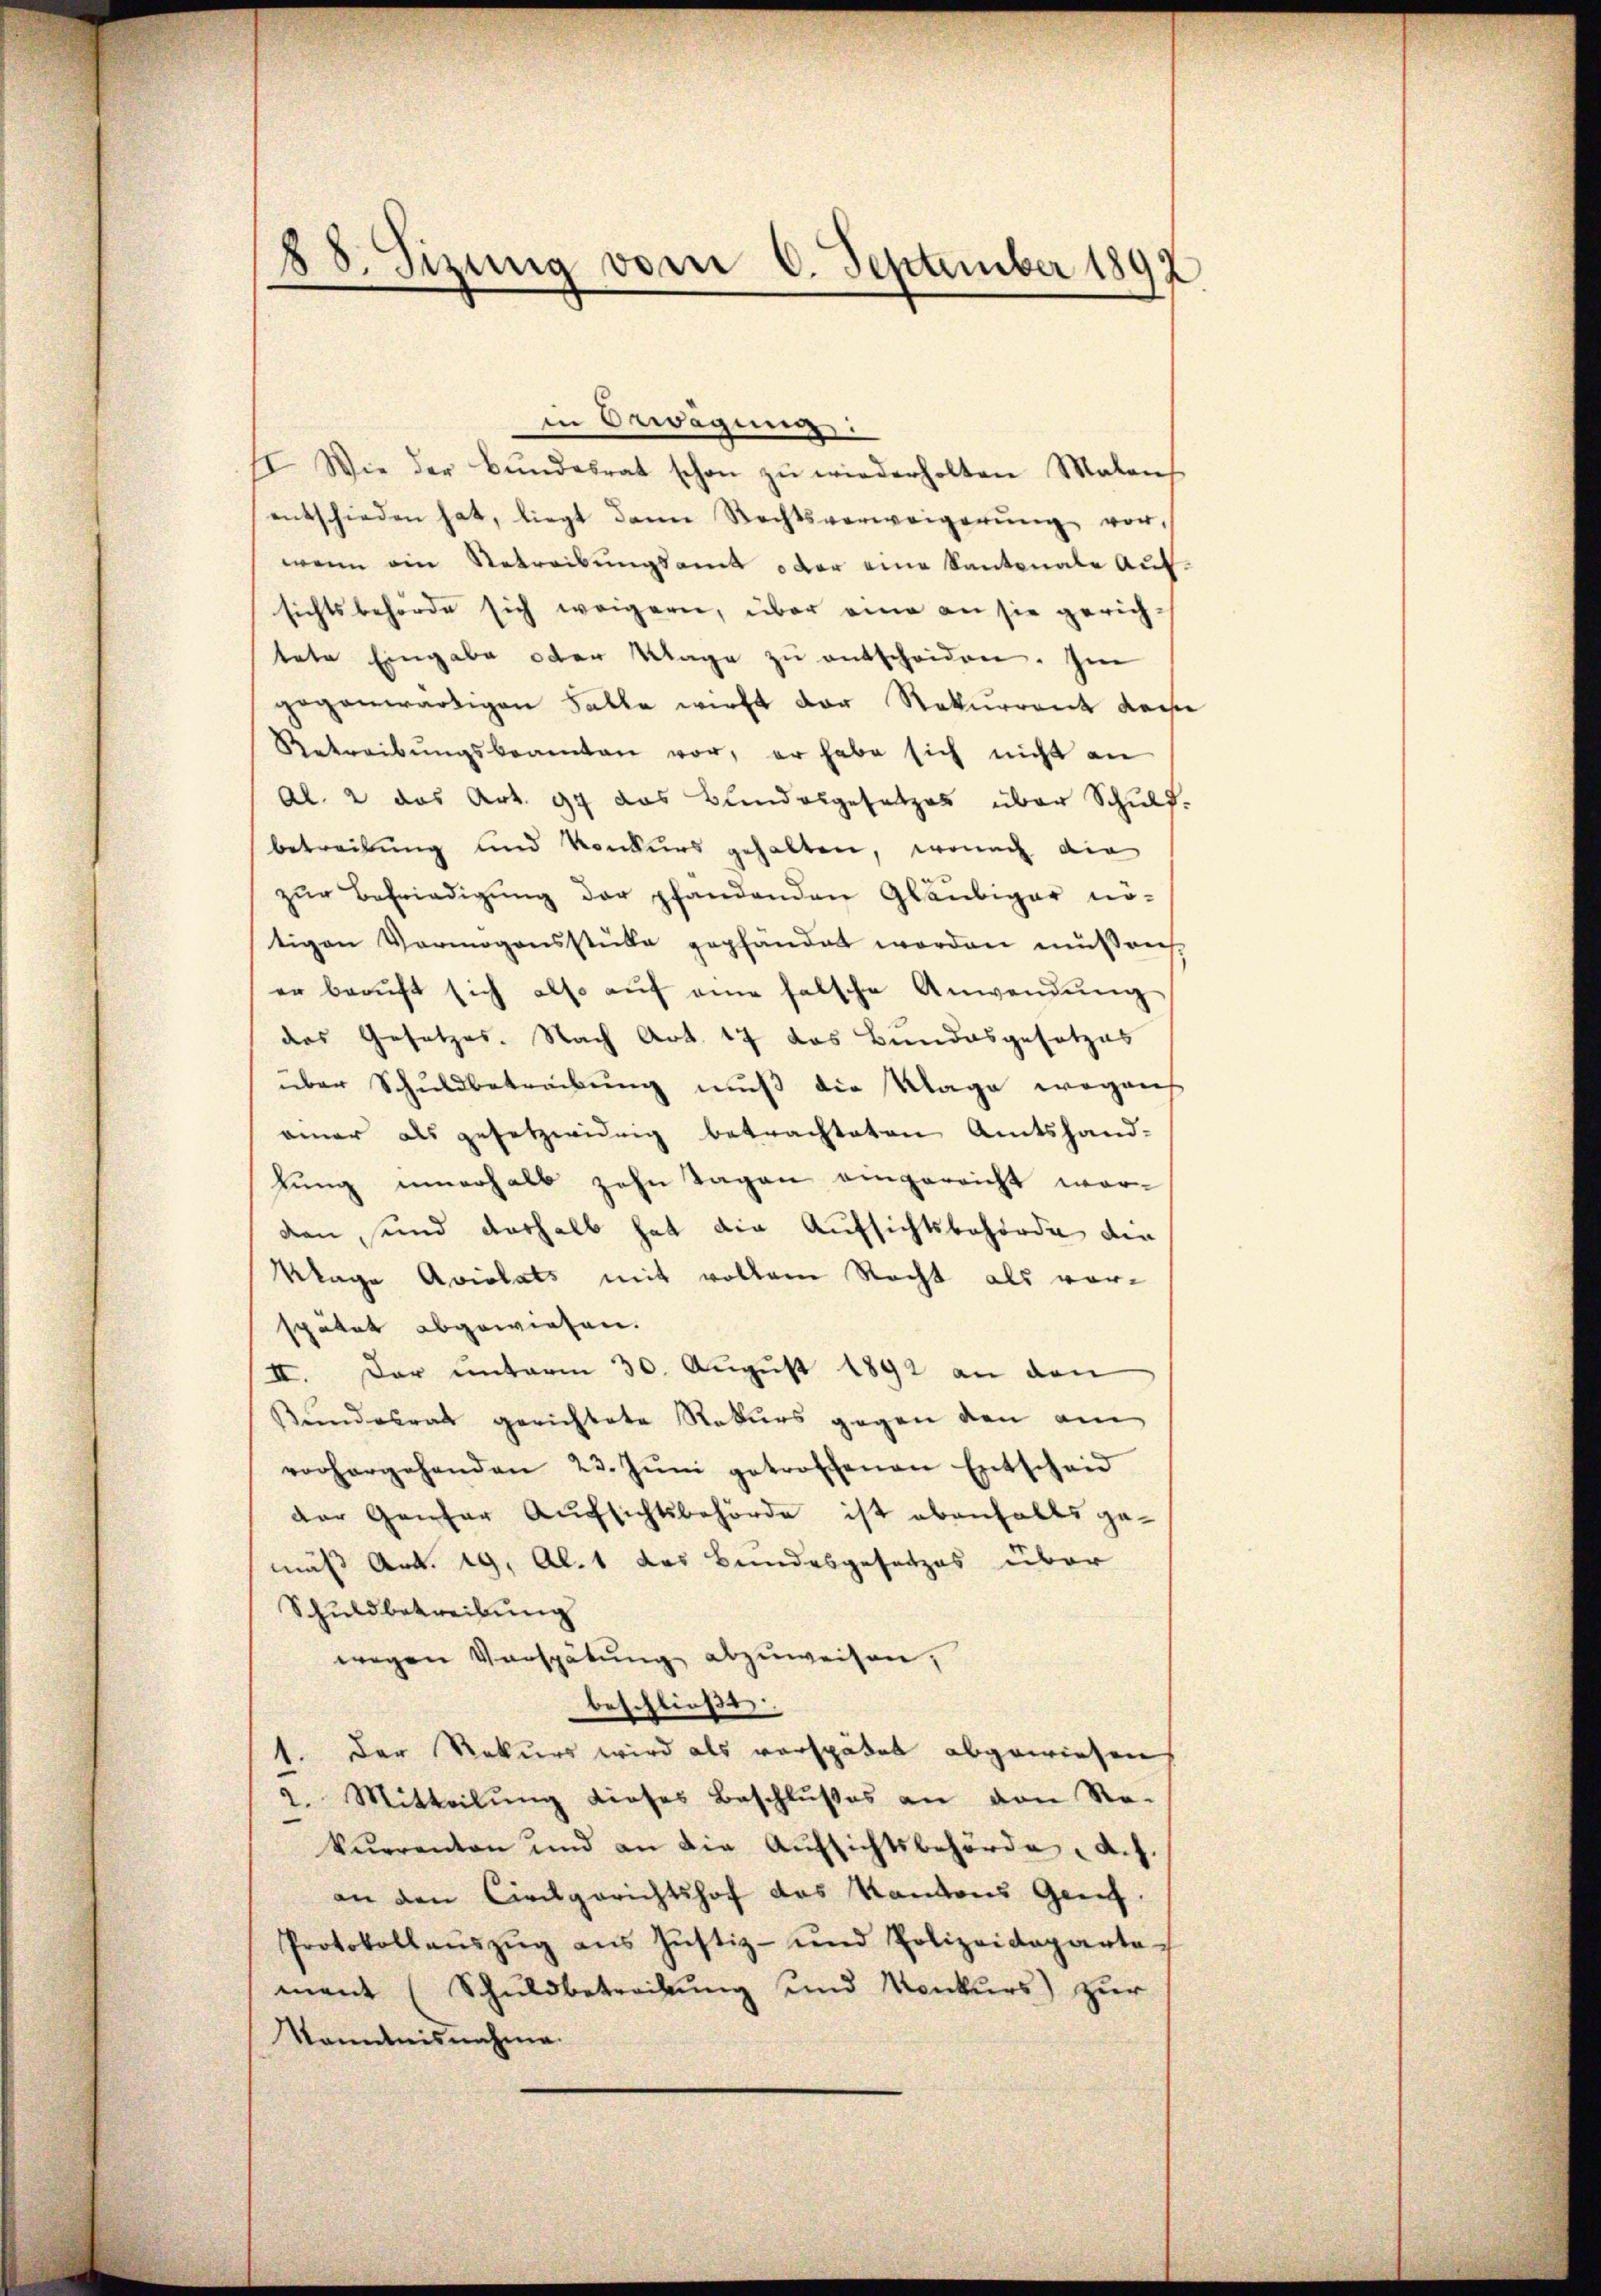
88. Sizung vom 6. September 1892

in Erwägung:
I. Wie der Bŭndesrat schon zŭ wiederholten Malans
entschieden hat, liegt dann Rechtsverweigerŭng vor-
wenn ein Betreibungsamt oder eine Kantonale Auf-
sichtsbehörde sich weigern, über eine an sie gerichtete Eingabe oder Klage zŭ entscheiden. Im
gegenwärtigen Falle wirkt der Rekurrent dem
Retreibŭngsbeamten vor, er habe sich nicht an
Al. 2 das Art. 94 das Bundesgesetzes über Schulf.
betreitung und Konkurs gehalten, wonach die
zŭr Befriedigŭng der pfandenden Gläubiger nötigen Vermögensstüke gepfandet worden müßen.
er beaŭft sich also aŭf eine falsche Anwendŭng
das Gesetzes. Nach Art. 17 das Bundesgesetzes
über Schuldbetreibung muß die Klage wegens
ainer als gesetzwidrig betrachteten Amtshandlung innerhalb zehn Tagen eingereicht worden, send deshalb hat die Aufsichtsbehörde die
Klage Aviolats mit vollem Recht als vorspätet abgewiesen.
II. Der unterm 30. August 1892 an den
Kundesrat gerichtete Rekurs gegen den am
vorhergehenden 23. Jŭni getroffenen Entscheid
der Ganzer Aufsichtsbehörde ist ebenfalls gemäß Art. 19, Al. 1 des Bundesgesetzes über
Schuldbetreibung
wegen Verspätung abzuweisen,
beschließt
1. Der Rekurs wird als verspätet abgewiesen
2. Mitteilung dieses Beschlußes an den Sta-
kurrenten und an die Aufsichtsbehörde d. J.
an den Civilgerichtshof das Kantons Genf.
Protokollaŭszŭg ans Justiz- und Polizeideparta-
mant (Schuldbetreibung und Konkurs) zur
Kenntnisnahme.